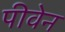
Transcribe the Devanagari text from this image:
पीवेन